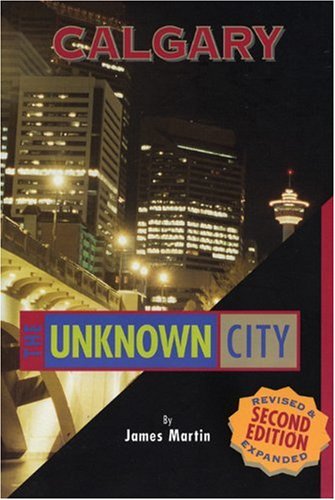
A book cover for Calgary: The Unknown City: Second Edition; James Martin; Travel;